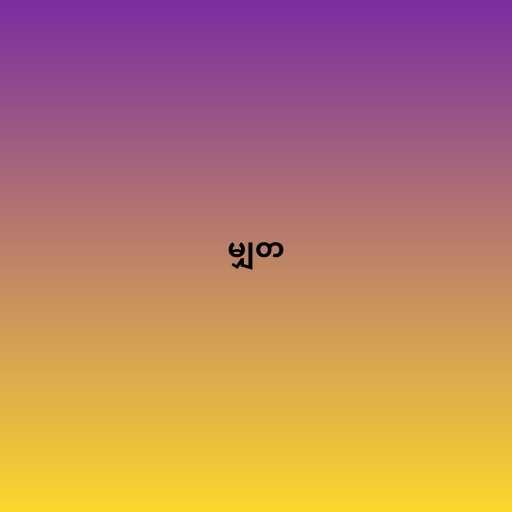
မျှတ